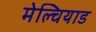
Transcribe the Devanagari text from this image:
मेल्चियाड